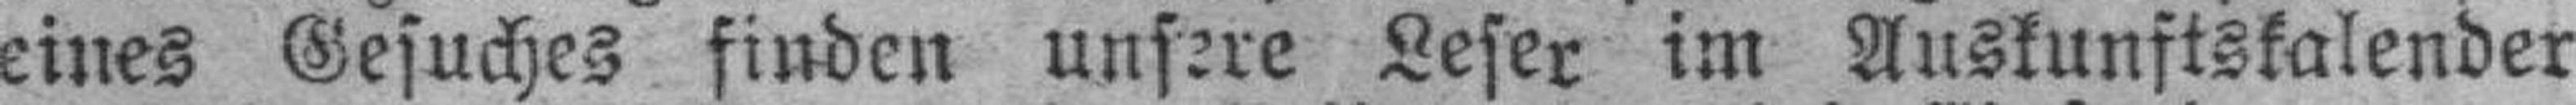
eines Gesuches finden unsere Leser im Auskunftskalender